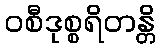
ဝစီဒုစ္စရိတန္တိ